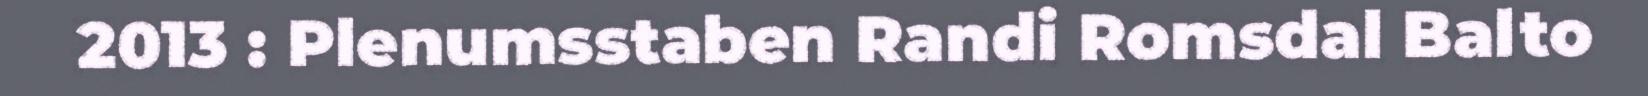
2013 : Plenumsstaben Randi Romsdal Balto